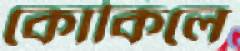
কোকিলে